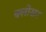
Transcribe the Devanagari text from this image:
क्लोसर